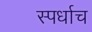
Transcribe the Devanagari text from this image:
स्पर्धाच